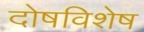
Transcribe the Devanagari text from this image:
दोषविशेष